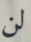
لن